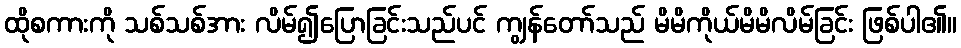
ထိုစကားကို သစ်သစ်အား လိမ်၍ပြောခြင်းသည်ပင် ကျွန်တော်သည် မိမိကိုယ်မိမိလိမ်ခြင်း ဖြစ်ပါ၏။